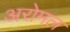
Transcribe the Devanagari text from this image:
अरोमल